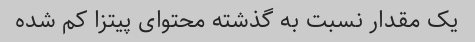
یک مقدار نسبت به گذشته محتوای پیتزا کم شده